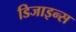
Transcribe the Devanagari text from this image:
डिजाइन्स